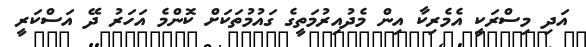
އަދި މިސްރަކީ އެމެރިކާ އިން މެދުއިރުމަތީގެ ގައުމުތަކަށް ކޮންމެ އަހަރު ދޭ އަސްކަރީ